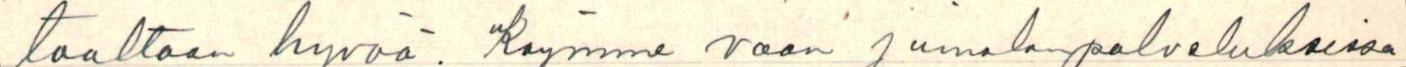
taaltaan hyvää. Käymme vaan jumalanpalveluksissa